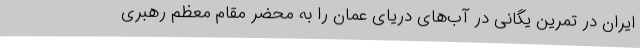
ایران در تمرین یگانی در آب‌های دریای عمان را به محضر مقام معظم رهبری